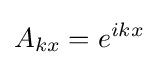
A_{kx}=e^{ikx}